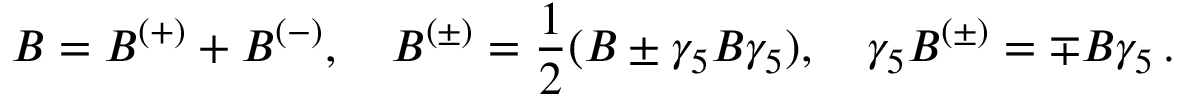
B = B ^ { ( + ) } + B ^ { ( - ) } , \quad B ^ { ( \pm ) } = \frac 1 2 ( B \pm \gamma _ { 5 } B \gamma _ { 5 } ) , \quad \gamma _ { 5 } B ^ { ( \pm ) } = \mp B \gamma _ { 5 } \, .